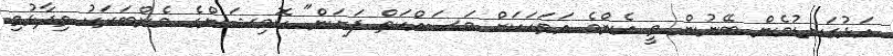
އަޅުގަނޑުމެން ބޭނުން ވީ އެންމެ އަވަހަކަށް މަސައްކަތް ފަށަން" ކޮމިޝަންގެ މެންބަރަކު ވިދާޅުވި